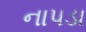
નાપડા